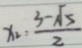
x _ { 2 } = \frac { 3 - \sqrt { 5 } } { 2 }